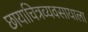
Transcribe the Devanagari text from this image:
छायाचित्रव्यवसायाला